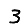
Digit: 3